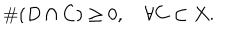
\# ( D \cap C ) \geq 0 , \quad \forall C \subset X .